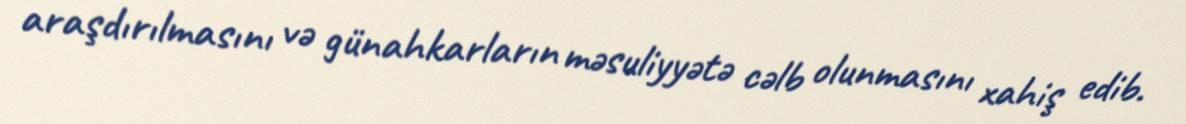
araşdırılmasını və günahkarların məsuliyyətə cəlb olunmasını xahiş edib.